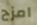
امزح